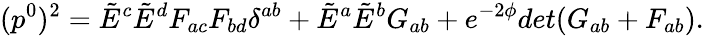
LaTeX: (p^{0})^{2}=\tilde{E}^{c}\tilde{E}^{d}F_{ac}F_{bd}\delta^{ab}+\tilde{E}^{a}\tilde{E}^{b}G_{ab}+e^{-2\phi}det(G_{ab}+F_{ab}).